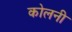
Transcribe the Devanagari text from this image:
कोलनी